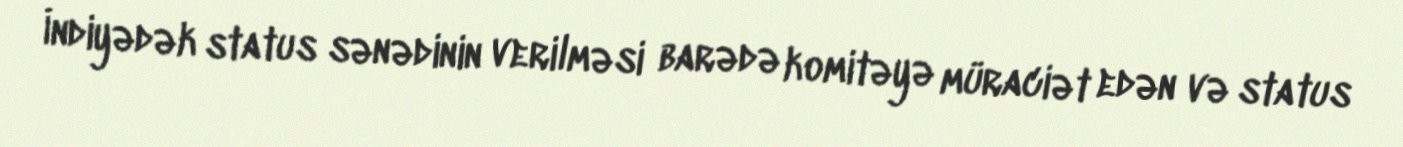
İndiyədək status sənədinin verilməsi barədə komitəyə müraciət edən və status